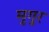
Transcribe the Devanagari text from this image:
मुगुर